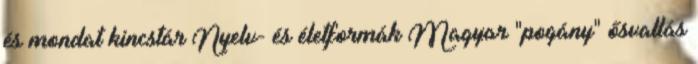
és mondat kincstár Nyelv- és életformák Magyar "pogány" ősvallás